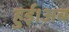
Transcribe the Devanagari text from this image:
हुई।अब